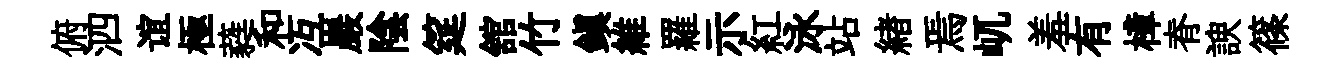
俯泗谊極蕤和冱巖陰筵舘竹鎭維羅示紅泳站緖焉屼羞有樟脊諛篠